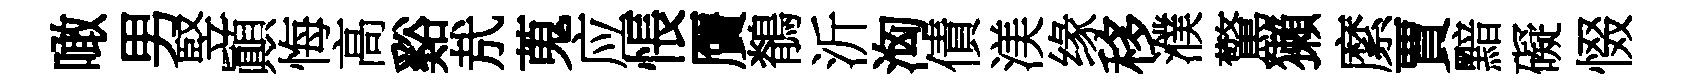
噉男竪顚悔高谿㢤蒐应悵贋鶺沂洶債渼缘移濮驚獺縻賈黯礙惙